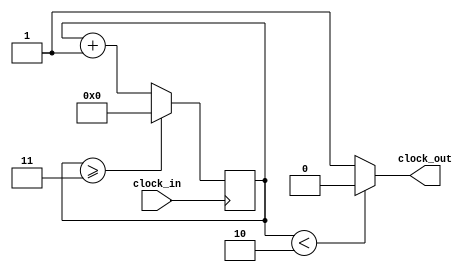
// A frequencia de entrada eh de 50MHz e a saida eh de 1Hz
module divisorFrequencia
(
	input clock_in, // clock in sera o clk_read
	output clock_out // clock out sera o clk_write
);
						  
reg[27:0] counter=28'd0;
//parameter DIVISOR = 28'd50000000;
parameter DIVISOR = 28'd4;

assign clock_out = (counter<DIVISOR/2)?1'b0:1'b1;

always @(posedge clock_in)
begin
	counter <= counter + 28'd1;
	if(counter>=(DIVISOR-1)) counter <= 28'd0;
end
endmodule